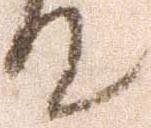
て